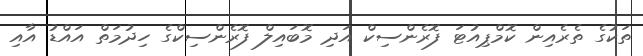
ތަކުގެ ތެރެއިން ކޮމްޕިއުޓަ ފޮރެންސިކް އަދި މޮބައިލް ފޮރެންސިކްގެ ހިދުމަތް އައްޑު އާއި